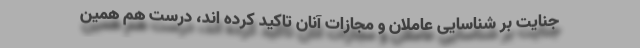
جنایت بر شناسایی عاملان و مجازات آنان تاکید کرده اند، درست هم همین